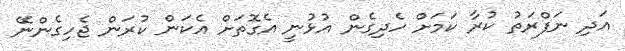
އަދި ނަފްރަތު ކުރާ ކަމަށް ހެދިގެން އުޅުނީ އެގޮތަށް އެކަން ކުރަން ޖެހިގެންނޭ